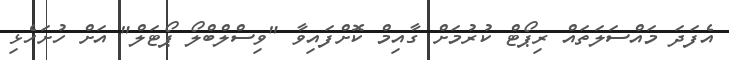
އެފަދަ މައްސަލަތައް ރިޕޯޓް ކުރުމަށް ގާއިމް ކޮށްފައިވާ "ވިސްލްބްލޯ ޕޯޓަލް" އަށް ހުށަހެޅި